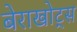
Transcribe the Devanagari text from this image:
बेराखोट्स